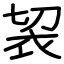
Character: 袃